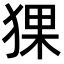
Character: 猓